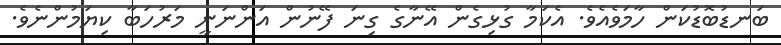
ބަނޑުބޮޑުކަން ހާމަވެއެވެ. އެކަމާ ގުޅިގެން އޭނާގެ ގިނަ ފޭނުން އަންނަނީ މަރުހަބާ ކިޔަމުންނެވެ.